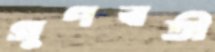
গুণবতী